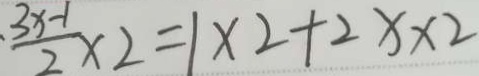
\frac { 3 x - 1 } { 2 } \times 2 = 1 \times 2 + 2 x \times 2